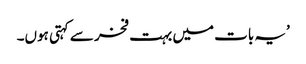
’یہ بات میں بہت فخر سے کہتی ہوں۔